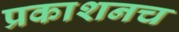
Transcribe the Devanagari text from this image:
प्रकाशनच